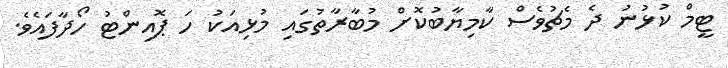
ޓީމް ކުޅުނު ދެ މެޗުވެސް ކާމިޔާބުކޮށް މުބާރާތުގައި މުޅިއަކު ހަ ޕޮއިންޓު ހޯދާފައެވެ.